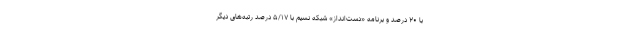
با ۲۰ درصد و برنامه «دست‌انداز» شبکه نسیم با ۵/۱۷ درصد رتبه‌های دیگر